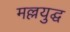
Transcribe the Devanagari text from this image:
मल्लयुद्घ